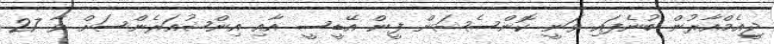
ޖީއެމްއާރުން ބުނެފައި ވަނީ ކޮންސެޝަން ފީން އޭޑީސީ އާއި އިންޝުއަރެންސަށް ވާ 27